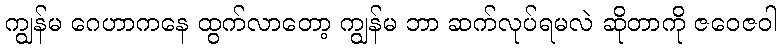
ကျွန်မ ဂေဟာကနေ ထွက်လာတော့ ကျွန်မ ဘာ ဆက်လုပ်ရမလဲ ဆိုတာကို ဇဝေဇဝါ